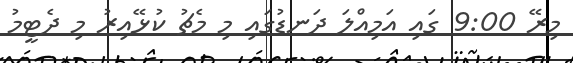
މިރޭ 9:00 ގައި އަމިއްލަ ދަނޑުގައި މި މެޗު ކުޅޭއިރު މި ދެޓީމު